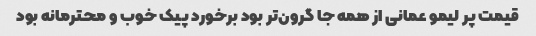
قیمت پر لیمو عمانی از همه جا گرون‌تر بود برخورد پیک خوب و محترمانه بود